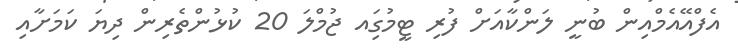
އެފްއޭއެމްއިން ބުނީ ލަންކާއަށް ފުރި ޓީމުގަިއ ޖުމްލަ 20 ކުޅުންތެރިން ދިޔަ ކަމަށާއި